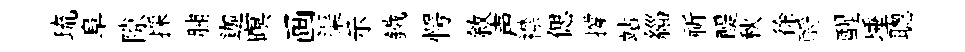
琉阜隙採脯迦暝画渠示鐵愕敘声襟偲撐站緇祈醍秋徐酹醒埵聦